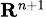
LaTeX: \scriptstyle\mathbf{R}^{n+1}